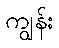
ကျွန်း